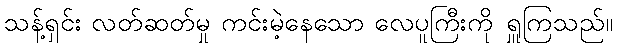
သန့်ရှင်း လတ်ဆတ်မှု ကင်းမဲ့နေသော လေပူကြီးကို ရှူကြသည်။